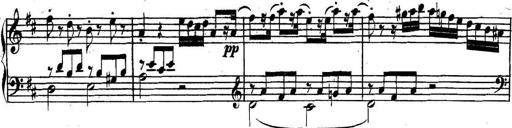
Title: Collected Piano Sonatas
Composer: Muzio Clementi